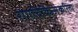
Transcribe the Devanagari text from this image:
रोगचिकित्सेकरिता